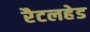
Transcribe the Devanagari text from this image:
रैटलहेड